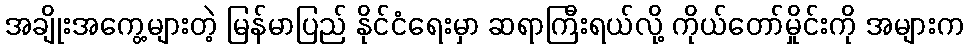
အချိုးအကွေ့များတဲ့ မြန်မာပြည် နိုင်ငံရေးမှာ ဆရာကြီးရယ်လို့ ကိုယ်တော်မှိုင်းကို အများက